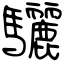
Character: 驪